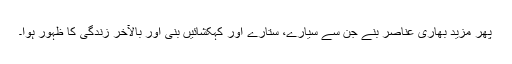
پھر مزید بھاری عناصر بنے جن سے سیارے، ستارے اور کہکشائیں بنی اور بالآخر زندگی کا ظہور ہوا۔